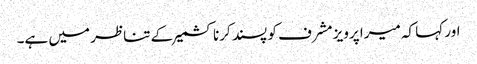
اور کہا کہ میرا پرویز مشرف کو پسند کرنا کشمیر کے تناظر میں ہے۔